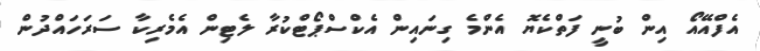
އެފްއޭއޯ އިން ބުނީ ފަތްކެޔޮ އެންމެ ގިނައިން އެކްސްޕޯޓްކުރާ ލެޓިން އެމެރިކާ ސަރަހައްދުން